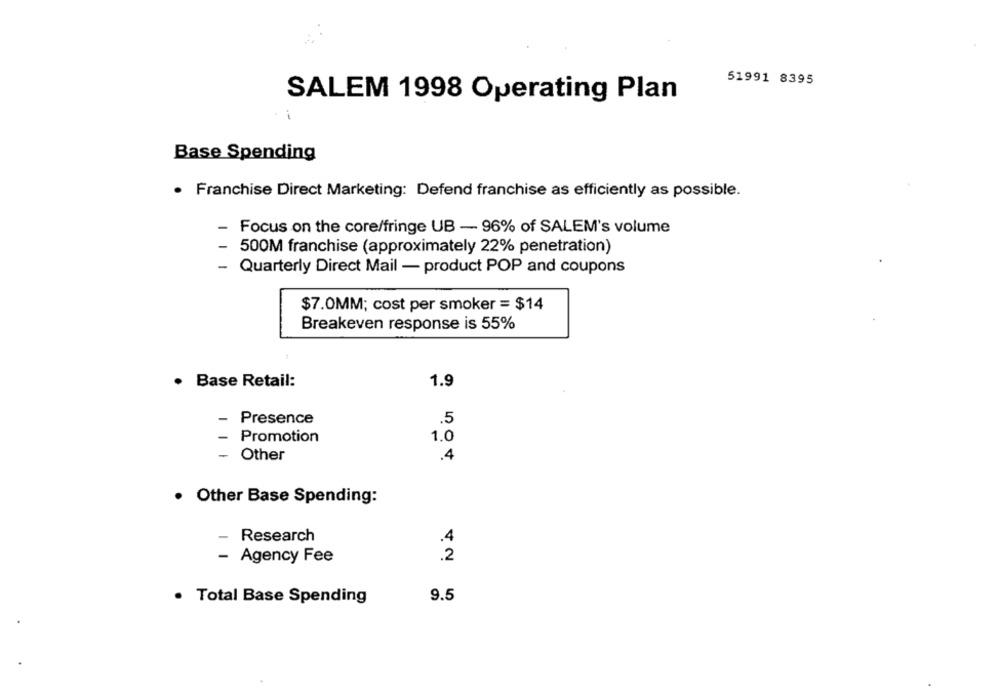
51991 8395
SALEM 1998 Operating Plan
Base Spending
· Franchise Direct Marketing: Defend franchise as efficiently as possible.
-
Focus on the core/fringe UB - 96% of SALEM's volume
500M franchise (approximately 22% penetration)
- Quarterly Direct Mail - product POP and coupons
$7.0MM; cost per smoker = $14
Breakeven response is 55%
1.9
.
Base Retail:
-
Presence
.5
- Promotion
1.0
Other
.4
· Other Base Spending:
-
Research
.4
- Agency Fee
.2
Total Base Spending
9.5